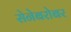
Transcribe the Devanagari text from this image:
सेनेबरोबर